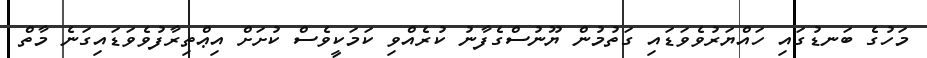
މަހުގެ ބަނޑުގައި ހައްޔަރުވެވަޑައި ގަތުމުން ޔޫނުސްގެފާނު ކުރެއްވި ކަމަކީވެސް ކުށަށް އިޢްތިރާފުވެވަޑައިގަނެ މާތް